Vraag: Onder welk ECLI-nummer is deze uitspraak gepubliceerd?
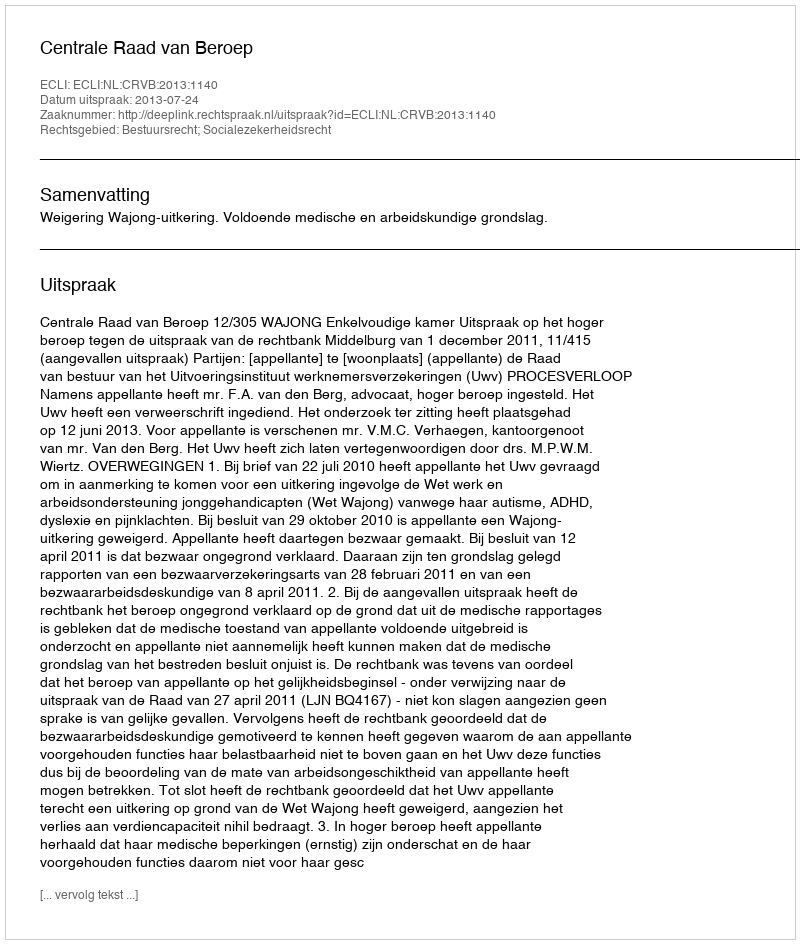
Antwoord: ECLI:NL:CRVB:2013:1140